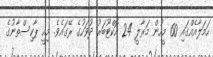
ހަމަލާއެއްގައި 60 މީހުން މަރާލީ 24 އޮކްޓޫބަރު ދުވަހުގެ ރޭގައެވެ. މިއީ ޕާކިސްތާނުގެ